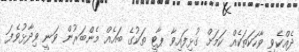
ދެއްކެވި ވާހަކަތަކެއް ކަމަށް ގުޅިފައިވާ ޕާޓީ ތަކުގެ ބައެއް މެންބަރުން ވަނީ ވިދާޅުވެފަ